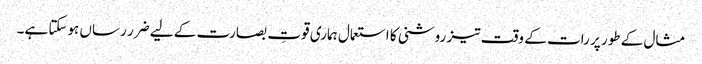
مثال کے طور پر رات کے وقت تیز روشنی کا استعمال ہماری قوتِ بصارت کے لیے ضرر رساں ہوسکتا ہے۔